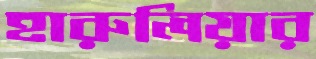
হারুলিয়ার